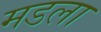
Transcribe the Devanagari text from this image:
मडला